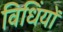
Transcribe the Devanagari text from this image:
विधिंयों